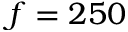
f = 2 5 0